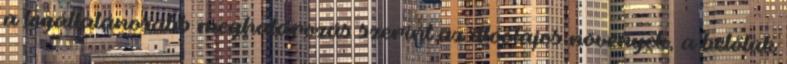
a legáltalánosabb meghatározás szerint az illóolajos növények, a belőlük